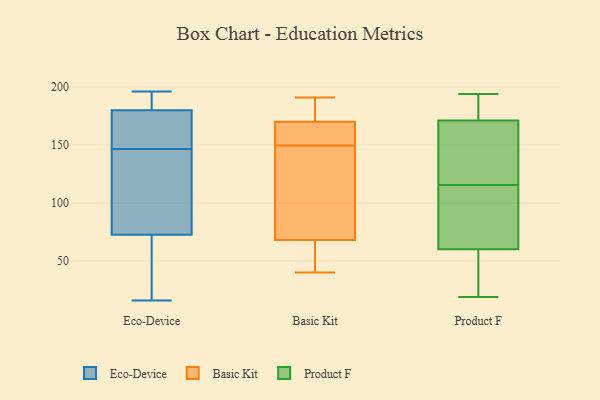
{"axis": {"x": "Backlog", "y": "Value"}, "legend": ["Basic Kit", "Eco-Device", "Product F"], "data": [{"x": "", "y": 196, "type": "Eco-Device"}, {"x": "", "y": 91, "type": "Eco-Device"}, {"x": "", "y": 182, "type": "Eco-Device"}, {"x": "", "y": 54, "type": "Eco-Device"}, {"x": "", "y": 192, "type": "Eco-Device"}, {"x": "", "y": 178, "type": "Eco-Device"}, {"x": "", "y": 54, "type": "Eco-Device"}, {"x": "", "y": 149, "type": "Eco-Device"}, {"x": "", "y": 131, "type": "Eco-Device"}, {"x": "", "y": 144, "type": "Eco-Device"}, {"x": "", "y": 16, "type": "Eco-Device"}, {"x": "", "y": 164, "type": "Eco-Device"}, {"x": "", "y": 155, "type": "Basic Kit"}, {"x": "", "y": 186, "type": "Basic Kit"}, {"x": "", "y": 40, "type": "Basic Kit"}, {"x": "", "y": 158, "type": "Basic Kit"}, {"x": "", "y": 62, "type": "Basic Kit"}, {"x": "", "y": 191, "type": "Basic Kit"}, {"x": "", "y": 144, "type": "Basic Kit"}, {"x": "", "y": 168, "type": "Basic Kit"}, {"x": "", "y": 139, "type": "Basic Kit"}, {"x": "", "y": 170, "type": "Basic Kit"}, {"x": "", "y": 68, "type": "Basic Kit"}, {"x": "", "y": 139, "type": "Basic Kit"}, {"x": "", "y": 189, "type": "Basic Kit"}, {"x": "", "y": 58, "type": "Basic Kit"}, {"x": "", "y": 176, "type": "Product F"}, {"x": "", "y": 38, "type": "Product F"}, {"x": "", "y": 19, "type": "Product F"}, {"x": "", "y": 60, "type": "Product F"}, {"x": "", "y": 84, "type": "Product F"}, {"x": "", "y": 106, "type": "Product F"}, {"x": "", "y": 192, "type": "Product F"}, {"x": "", "y": 116, "type": "Product F"}, {"x": "", "y": 194, "type": "Product F"}, {"x": "", "y": 35, "type": "Product F"}, {"x": "", "y": 148, "type": "Product F"}, {"x": "", "y": 24, "type": "Product F"}, {"x": "", "y": 128, "type": "Product F"}, {"x": "", "y": 115, "type": "Product F"}, {"x": "", "y": 86, "type": "Product F"}, {"x": "", "y": 182, "type": "Product F"}, {"x": "", "y": 157, "type": "Product F"}, {"x": "", "y": 171, "type": "Product F"}]}